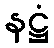
နဋ္ဌံ